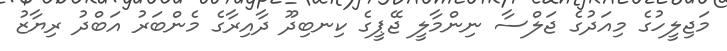
މަޖިލީހުގެ މިއަދުގެ ޖަލްސާ ނިންމާލީ ޖޭޕީގެ ކިނބިދޫ ދާއިރާގެ މެންބަރު އަބްދު ރިޔާޒު